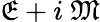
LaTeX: {\mathfrak{E}}+i\ {\mathfrak{M}}